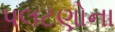
પલટણોના